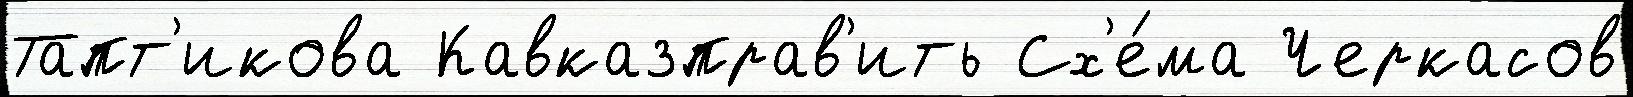
Тапт'икова Кавказправ'ить Сх'е́ма Черкасов